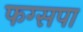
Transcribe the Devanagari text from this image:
फग्सपा